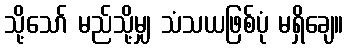
သို့သော် မည်သို့မျှ သံသယဖြစ်ပုံ မရှိချေ။